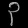
Digit: ၃